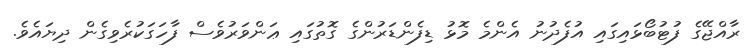
ރާއްޖޭގެ ފުޓުބޯޅައިގައި އުފެދުނު އެންމެ މޮޅު ޑިފެންޑަރުންގެ ގޮތުގައި ޢަންވަރުވެސް ފާހަގަކުރެވިގެން ދިޔައެވެ.